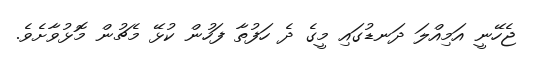
ޖެހޭނީ އަމިއްލަ ދަނޑުގައި މީގެ ދެ ހަފުތާ ފަހުން ކުޅޭ މެޗުން މޮޅުވާށެވެ.